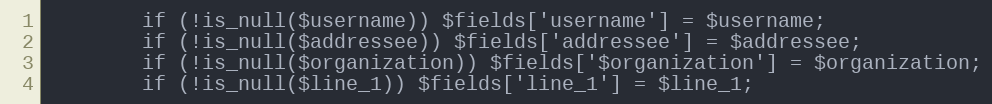
Language: PHP
        if (!is_null($username)) $fields['username'] = $username;
        if (!is_null($addressee)) $fields['addressee'] = $addressee;
        if (!is_null($organization)) $fields['$organization'] = $organization;
        if (!is_null($line_1)) $fields['line_1'] = $line_1;